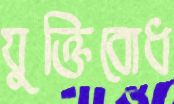
যুক্তিবোধ